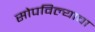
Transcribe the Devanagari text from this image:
सोपविल्याचा